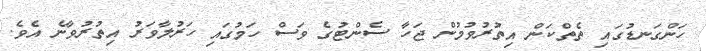
ހަންގަނޑުގައި ތެތްކަން އިތުރުވުމުން ޖަހާ ސެންޓުގެ ވަސް ހަމުގައި ހަރުލާވަރު އިތުރުވާނެ އެވެ.